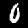
Digit: 0